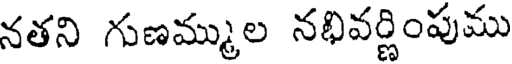
నతని గుణమ్ముల నభివర్ణింపుము